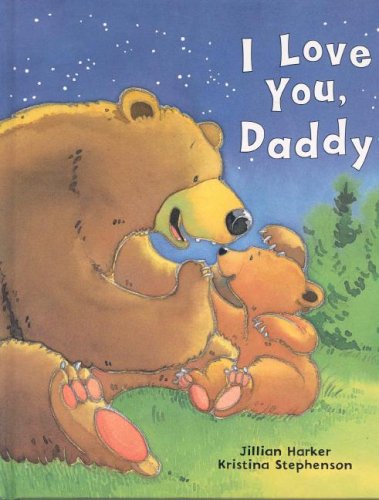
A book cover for I Love You Daddy; Jillian Harker; Children's Books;